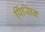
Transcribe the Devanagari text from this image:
पिंसिन